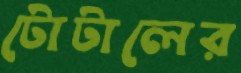
টোটালের